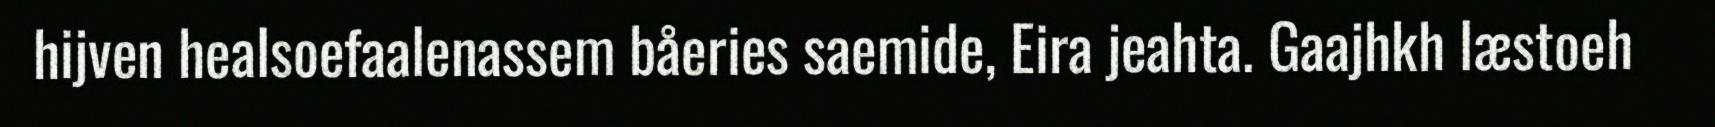
hijven healsoefaalenassem båeries saemide, Eira jeahta. Gaajhkh læstoeh